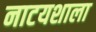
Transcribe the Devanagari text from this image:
नाटयशाला